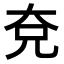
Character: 𭀢